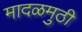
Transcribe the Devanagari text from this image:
मादळमुठी